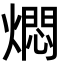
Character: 燜